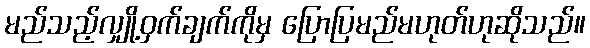
မည်သည့်လျှို့ဝှက်ချက်ကိုမှ ပြောပြမည်မဟုတ်ဟုဆိုသည်။